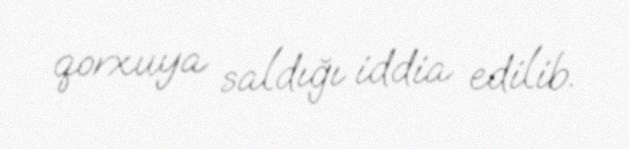
qorxuya saldığı iddia edilib.